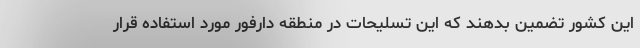
این کشور تضمین بدهند که این تسلیحات در منطقه دارفور مورد استفاده قرار